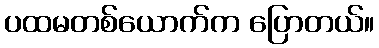
ပထမတစ်ယောက်က ပြောတယ်။